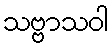
သဗ္ဗာသဝါ